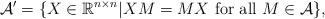
LaTeX: \begin{align*}\mathcal{A'} = \{X \in \mathbb{R}^{n \times n} | XM=MX \textrm{ for all } M \in \mathcal{A} \},\end{align*}